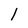
Character: 1